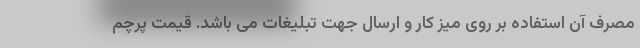
مصرف آن استفاده بر روی میز کار و ارسال جهت تبلیغات می باشد. قیمت پرچم